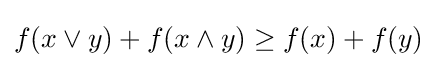
f(x\vee y)+f(x\wedge y)\geq f(x)+f(y)